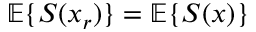
{ \mathbb E } \{ S ( x _ { r } ) \} = { \mathbb E } \{ S ( x ) \}